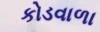
કોડવાળા